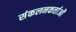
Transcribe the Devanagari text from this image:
संकलनकर्त्ताओं